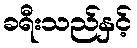
ခရီးသည်နှင့်